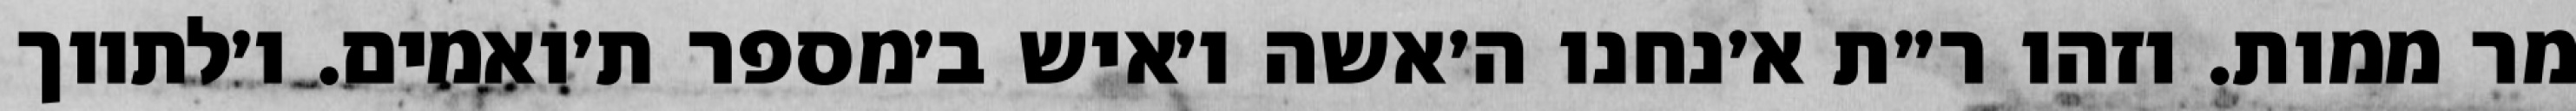
מר ממות. וזהו ר״ת א׳נחנו ה׳אשה ו׳איש ב׳מספר ת׳ואמים. ו׳לתווך